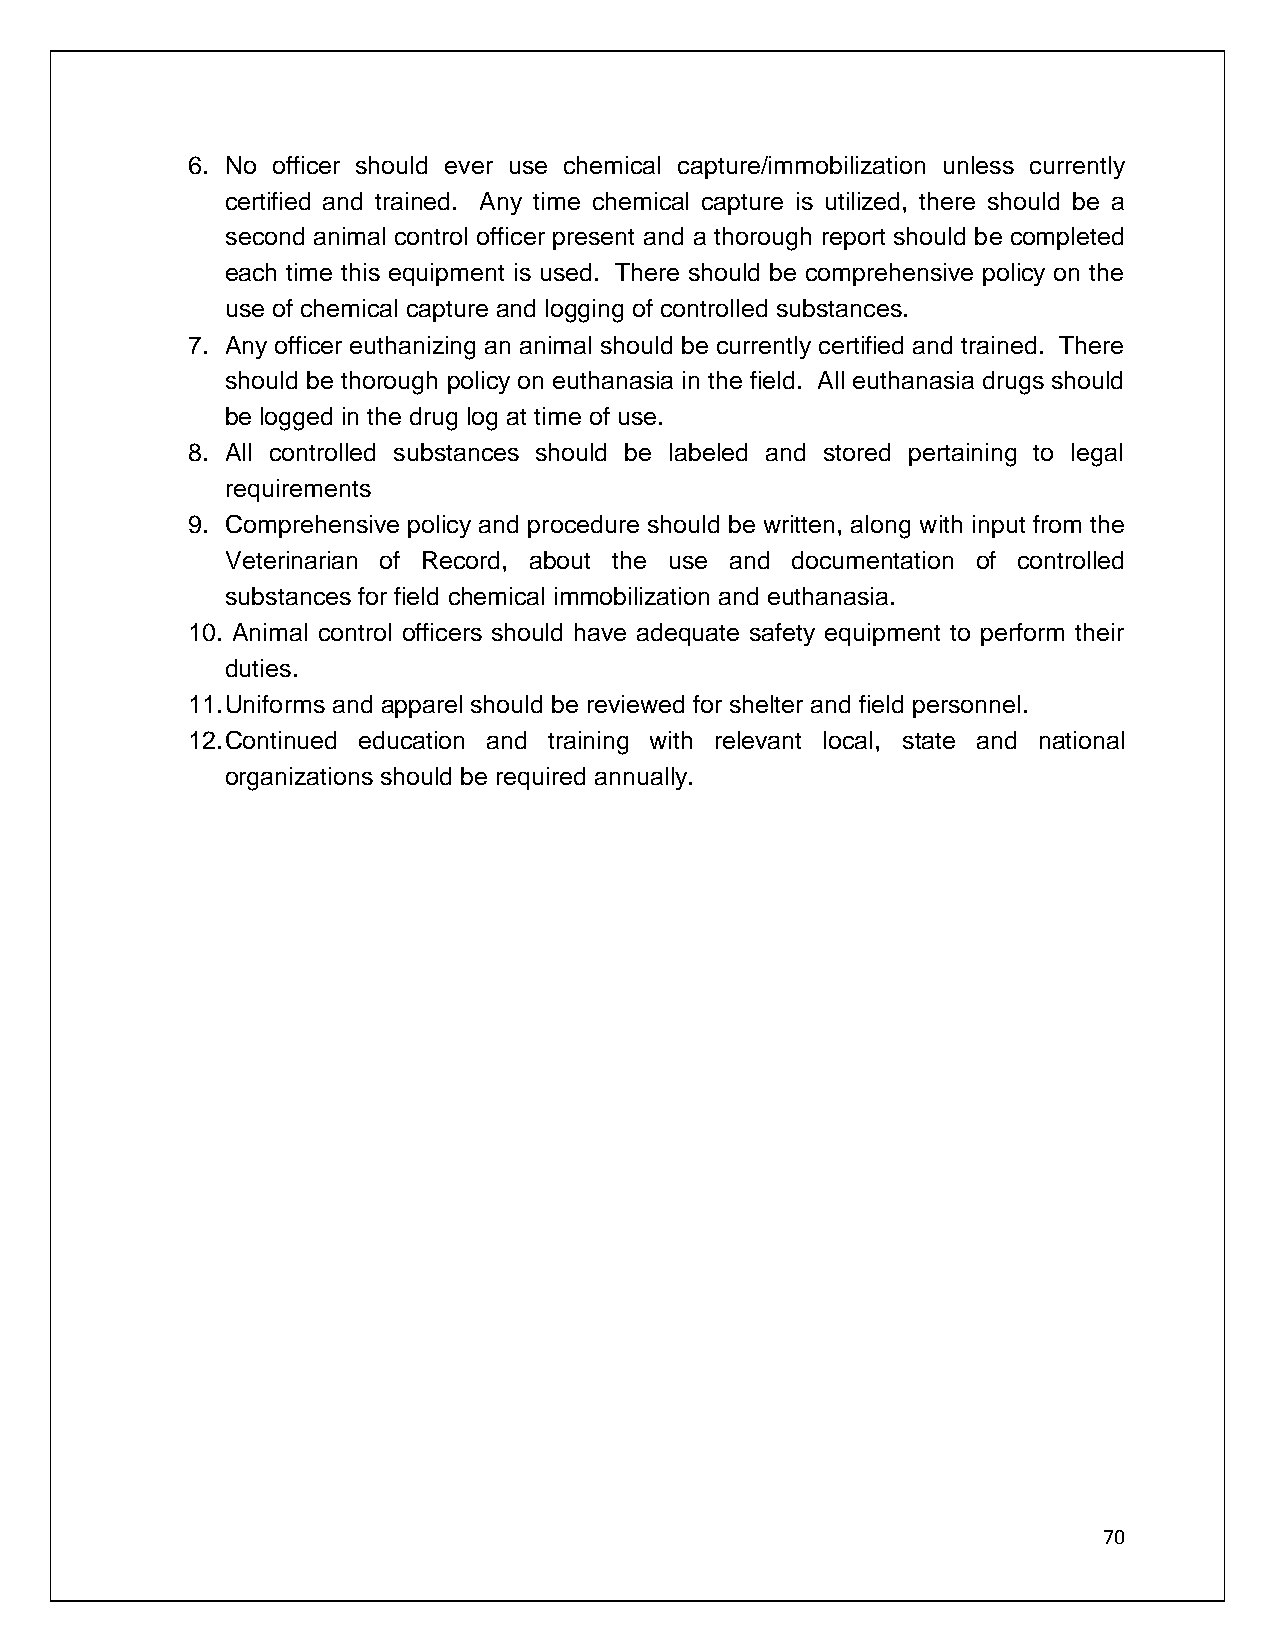
6. No officer should ever use chemical capture/immobilization unless currently
 certified and trained. Any time chemical capture is utilized, there should be a
 second animal control officer present and a thorough report should be completed
 each time this equipment is used. There should be comprehensive policy on the
 use of chemical capture and logging of controlled substances.
 7. Any officer euthanizing an animal should be currently certified and trained. There
 should be thorough policy on euthanasia in the field. All euthanasia drugs should
 be logged in the drug log at time of use.
 8. All controlled substances should be labeled and stored pertaining to legal
 requirements
 9. Comprehensive policy and procedure should be written, along with input from the
 Veterinarian of Record, about the use and documentation of controlled
 substances for field chemical immobilization and euthanasia.
 10. Animal control officers should have adequate safety equipment to perform their
 duties.
 11. Uniforms and apparel should be reviewed for shelter and field personnel.
 12. Continued education and training with relevant local, state and national
 organizations should be required annually.
 70